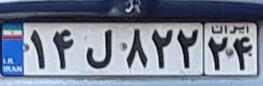
۱۴ل۸۲۲۲۴